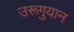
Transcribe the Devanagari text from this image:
उरूगुयान